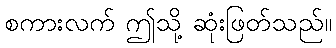
စကားလက် ဤသို့ ဆုံးဖြတ်သည်။